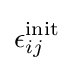
\epsilon _{ij}^{\text{init}}